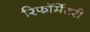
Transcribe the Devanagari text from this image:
रिफॉर्मेटरी